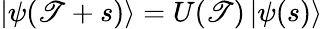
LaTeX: \left|\psi(\mathscr{T}+s)\right\rangle=U(\mathscr{T})\left|\psi(s)\right\rangle